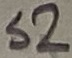
Text: S2